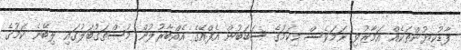
ފާޑުކިޔުންތަކެއް އަމާޒުވި ނަމަވެސް މިކަމުގެ ސަބަބުން އެފްއޭގެ އެއްބާރުލުން މުސްތަގުބަލުގައި ލިބޭނެ ކަމުގެ